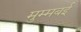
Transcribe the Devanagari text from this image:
मुम्मबई